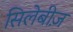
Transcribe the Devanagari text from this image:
सिलेबीज़